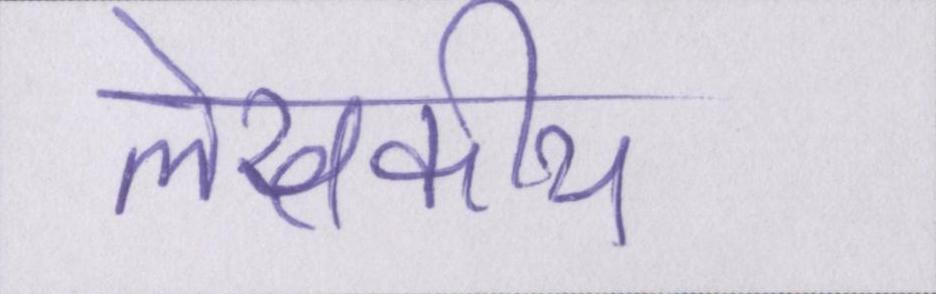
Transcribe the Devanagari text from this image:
लेखकीय